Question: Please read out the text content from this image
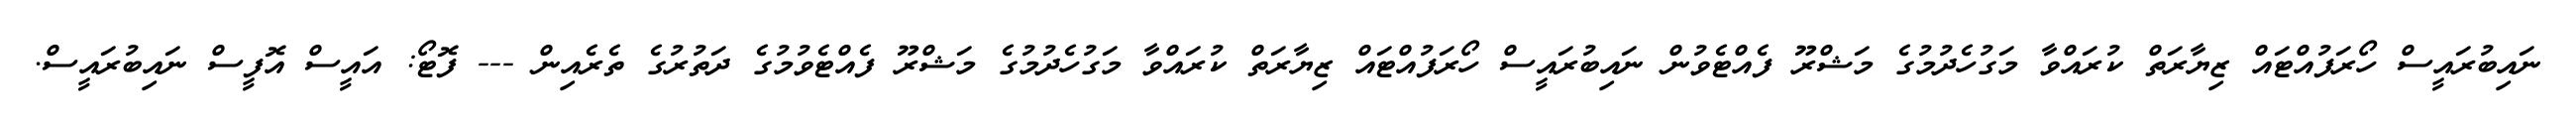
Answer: ނައިބުރައީސް ހޯރަފުއްޓައް ޒިޔާރަތް ކުރައްވާ މަގުހެދުމުގެ މަޝްރޫ ފެއްޓެވުން ނައިބުރައީސް ހޯރަފުއްޓައް ޒިޔާރަތް ކުރައްވާ މަގުހެދުމުގެ މަޝްރޫ ފެއްޓެވުމުގެ ދަތުރުގެ ތެރެއިން --- ފޮޓޯ: އައީސް އޮފީސް ނައިބުރައީސް.